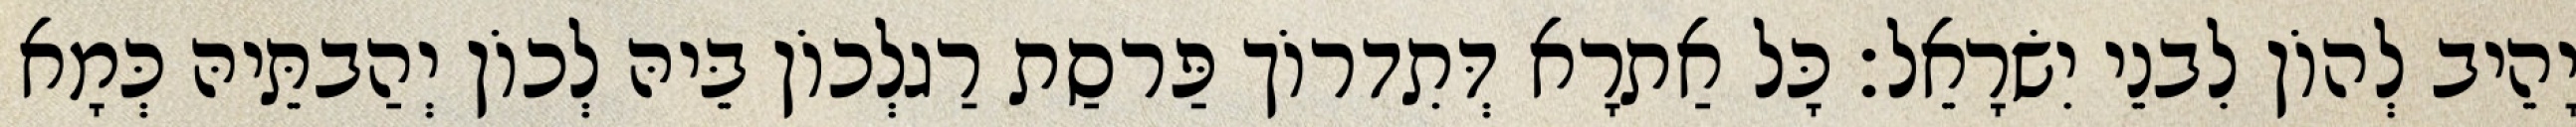
יָהֵיב לְהוֹן לִבנֵי יִשׂרָאֵל׃ כָּל אַתרָא דְּתִדרוֹך פַּרסַת רַגלְכוֹן בֵּיהּ לְכוֹן יְהַבתֵּיהּ כְּמָא